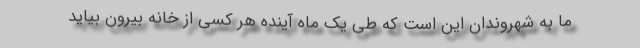
ما به شهروندان این است که طی یک ماه آینده هر کسی از خانه بیرون بیاید